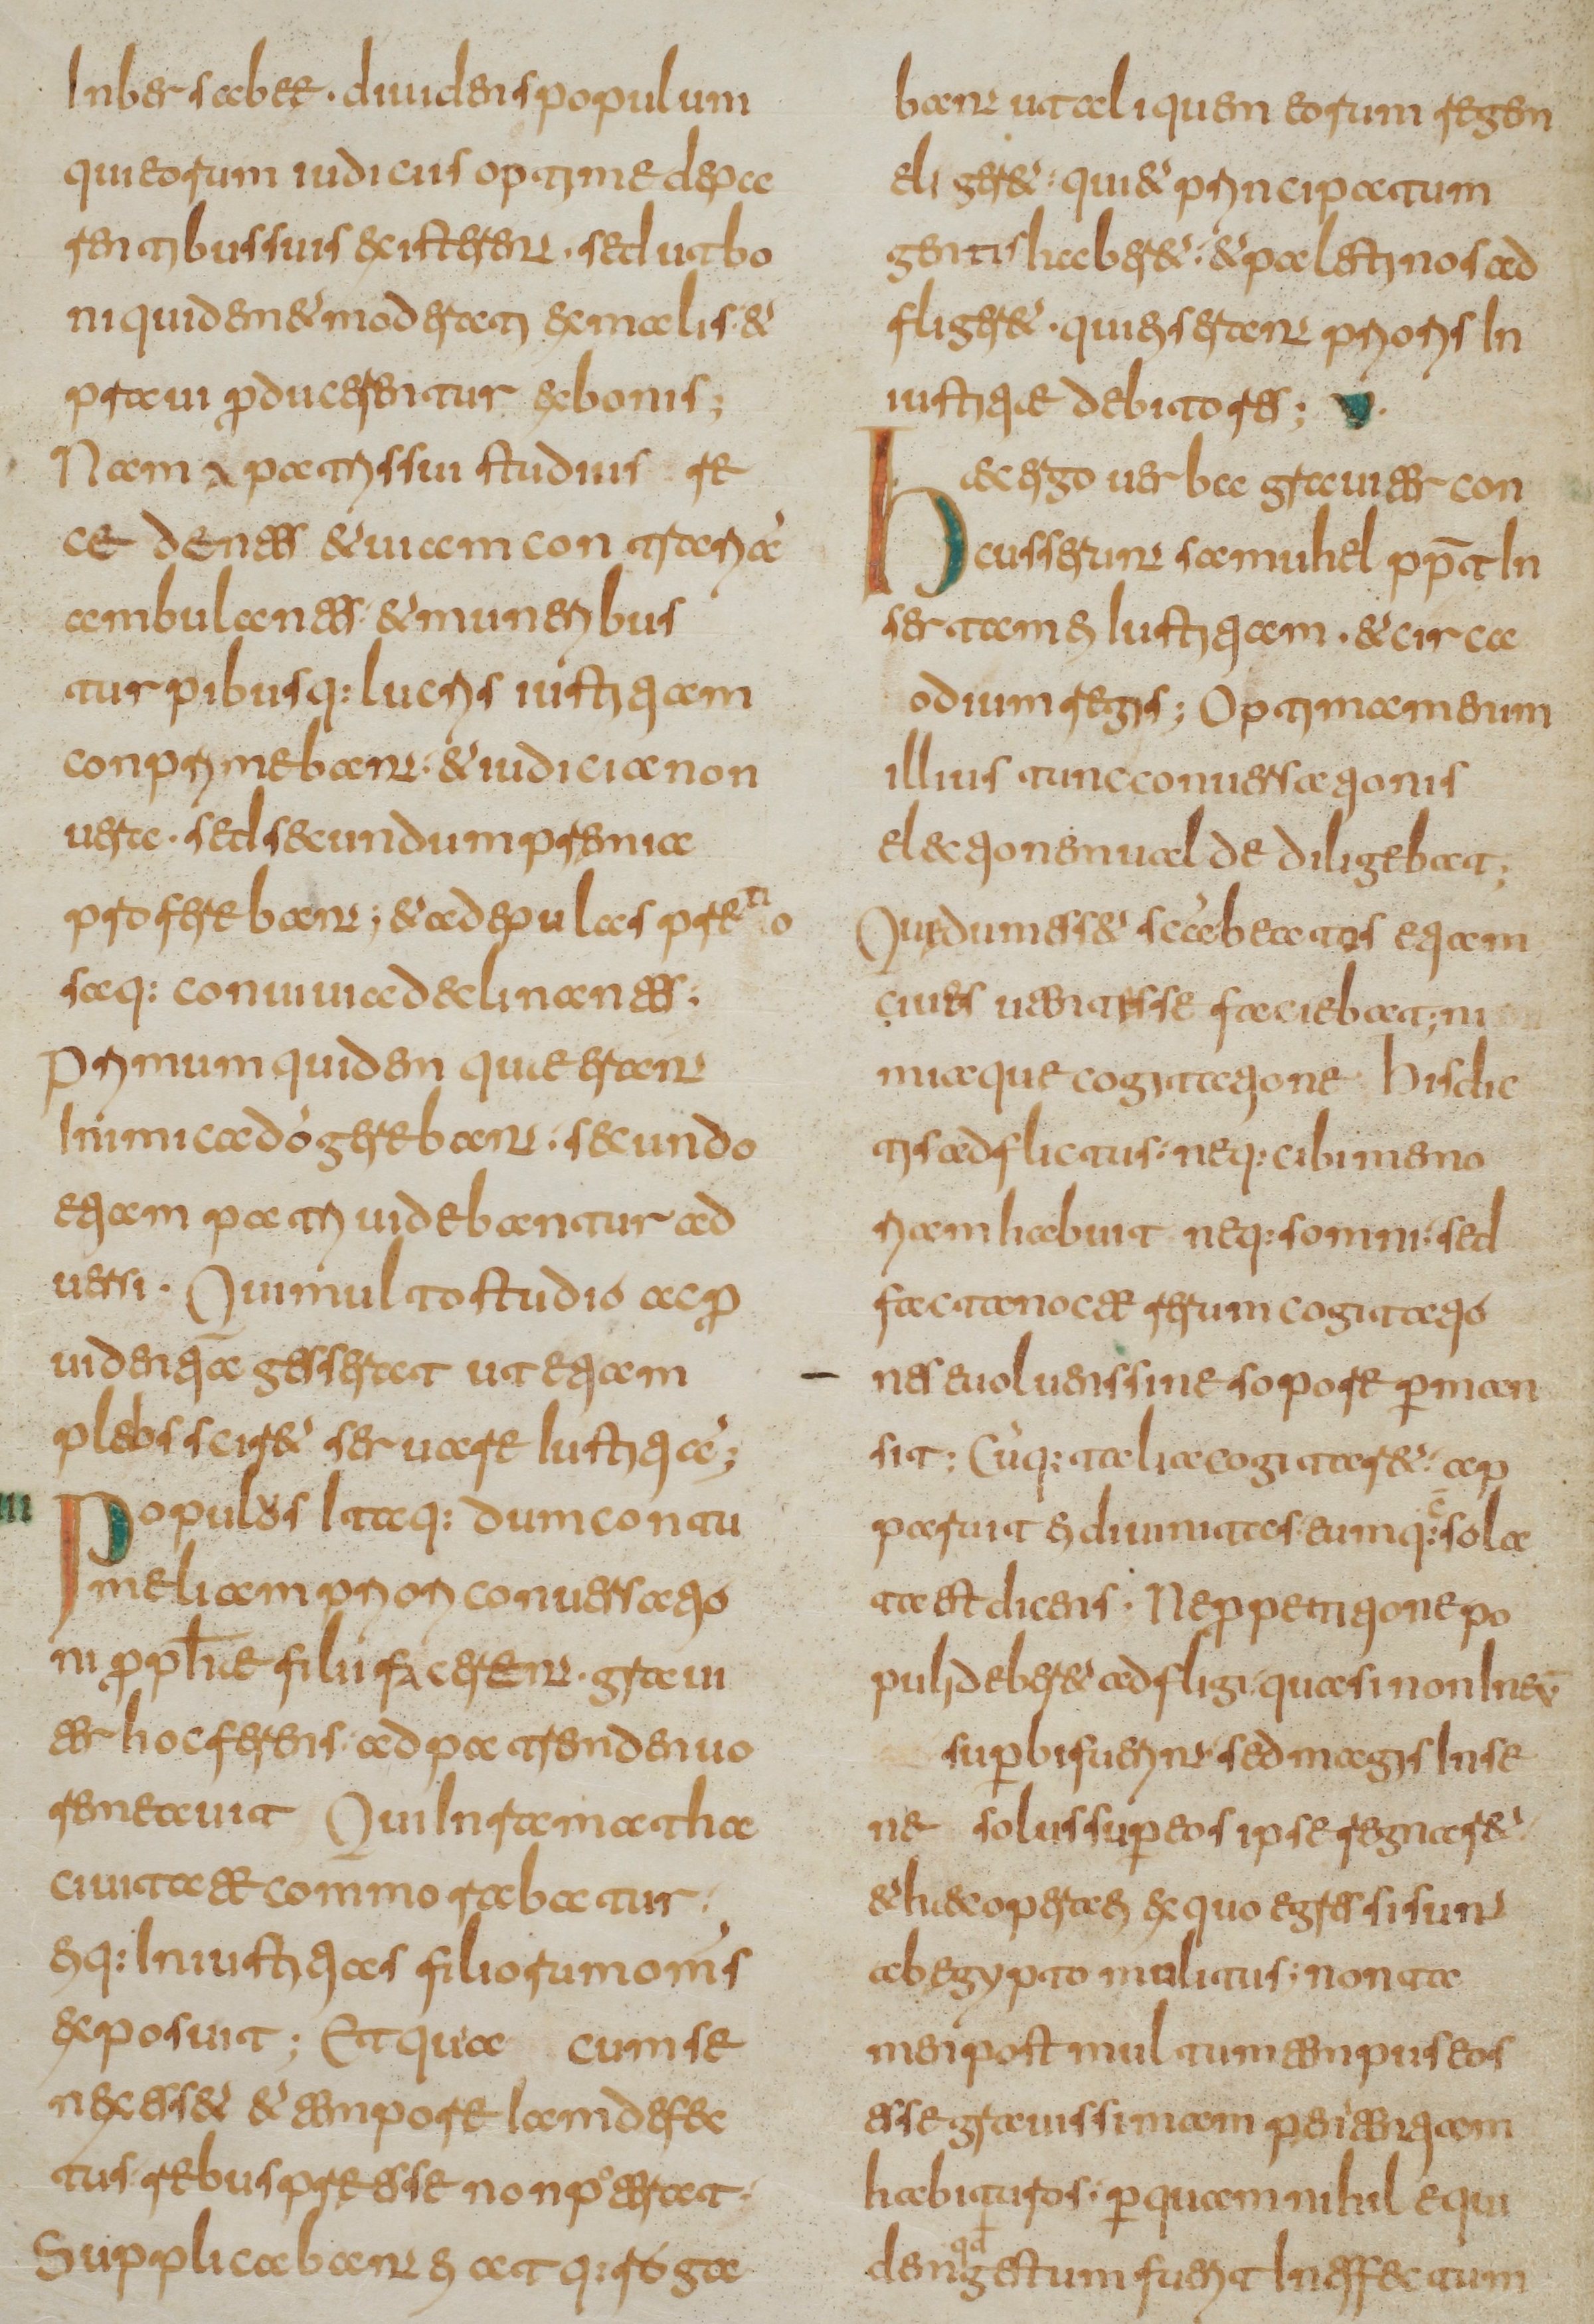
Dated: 800–849